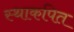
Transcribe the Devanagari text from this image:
स्थाकपित